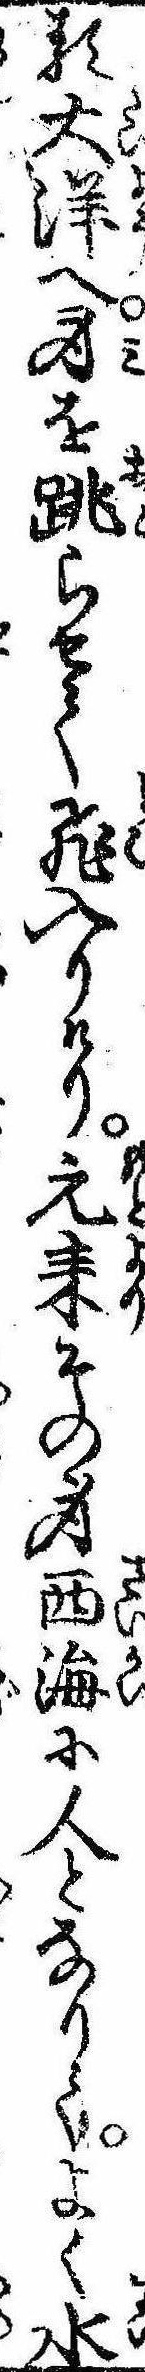
る大洋へ身を跳らせて飛入りけり元耒その身西海に人となりてよく水